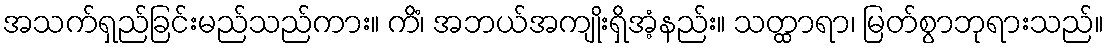
အသက်ရှည်ခြင်းမည်သည်ကား။ ကိံ၊ အဘယ်အကျိုးရှိအံ့နည်း။ သတ္ထာရာ၊ မြတ်စွာဘုရားသည်။